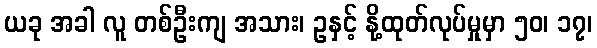
ယခု အခါ လူ တစ်ဦးကျ အသား၊ ဥနှင့် နို့ထုတ်လုပ်မှုမှာ ၅၀၊ ၁၇၊